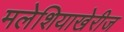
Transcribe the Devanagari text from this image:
मलेशियाखेरीज